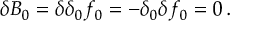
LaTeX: \delta B _ { 0 } = \delta \delta _ { 0 } f _ { 0 } = - \delta _ { 0 } \delta f _ { 0 } = 0 \, .